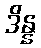
ဒိန္န